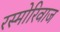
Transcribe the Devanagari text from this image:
रस्मोरिवाज